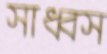
সাধ্বস